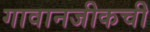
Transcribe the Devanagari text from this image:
गावानजीकची